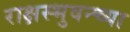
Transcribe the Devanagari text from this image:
राक्षस्भुवन्च्या